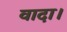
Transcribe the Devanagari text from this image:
वादा।